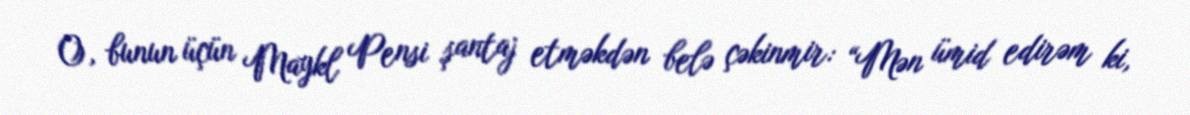
O, bunun üçün Maykl Pensi şantaj etməkdən belə çəkinmir: “Mən ümid edirəm ki,